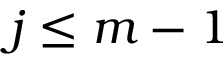
j \le m - 1